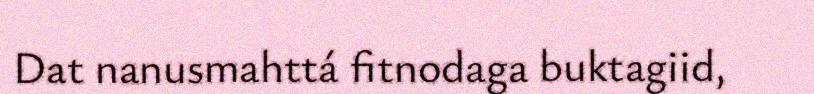
Dat nanusmahttá fitnodaga buktagiid,